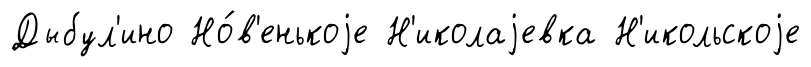
Дыбул'ино Но́в'енькоjе Н'иколаjевка Н'икольскоjе